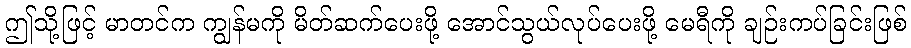
ဤသို့ဖြင့် မာတင်က ကျွန်မကို မိတ်ဆက်ပေးဖို့ အောင်သွယ်လုပ်ပေးဖို့ မေရီကို ချဉ်းကပ်ခြင်းဖြစ်